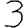
Digit: 3